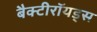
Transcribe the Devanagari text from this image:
बैक्टीरॉयड्स